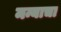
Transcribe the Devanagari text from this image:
मन्याचा